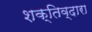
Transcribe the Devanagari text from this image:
शक्तिव्दारा